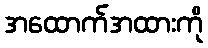
အထောက်အထားကို